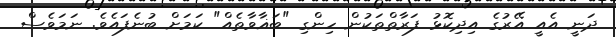
ދަނީ އެއީ އޭރުގެ އިދިކޮޅު ފަރާތްތަކުން ހިންގި "ބަޣާވާތެއް" ކަމަށް ބުނެފައެވެ. ނަމަވެސް